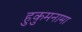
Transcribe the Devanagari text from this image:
हुकुमनामा